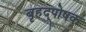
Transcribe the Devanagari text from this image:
बृहद्पोषक